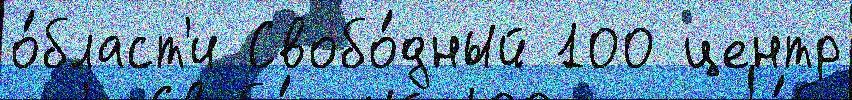
о́бласт'и Свобо́дный 100 центр